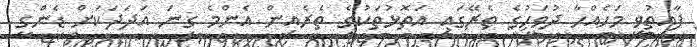
ފާއިތުވި މަހެއްހާ ދުވަހުގެ ތެރޭގައި އަތޮޅުތަކުގެ ތެރެއިން އެންމެ ގިނަ އަދަދަކަށް ޑެންގީ